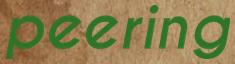
peering